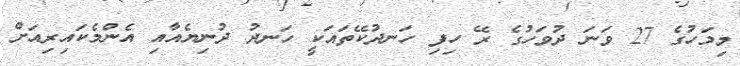
މިމަހުގެ 27 ވަނަ ދުވަހުގެ ރޭ ހިފި ހަނދުކޭތައަކީ ހަނދު ދުނިޔެއާއި އެންމެކައިރިއަށް